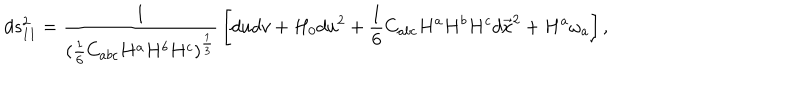
LaTeX: d s _ { 1 1 } ^ { 2 } = { \frac { 1 } { ( { \frac { 1 } { 6 } } C _ { a b c } H ^ { a } H ^ { b } H ^ { c } ) ^ { \frac { 1 } { 3 } } } } \left[ d u d v + H _ { 0 } d u ^ { 2 } + { \frac { 1 } { 6 } } C _ { a b c } H ^ { a } H ^ { b } H ^ { c } d \vec { x } ^ { 2 } + H ^ { a } \omega _ { a } \right] ,